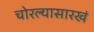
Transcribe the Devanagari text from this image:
चोरल्यासारखं